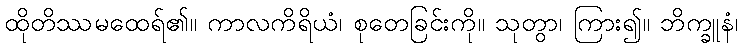
ထိုတိဿမထေရ်၏။ ကာလကိရိယံ၊ စုတေခြင်းကို။ သုတွာ၊ ကြား၍။ ဘိက္ခူနံ၊